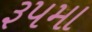
રૂપમા